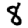
Digit: 8